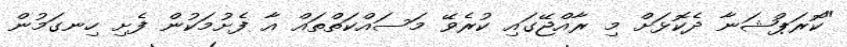
"ކޮރަޕްޝަނާ ދެކޮޅަށް މި ރާއްޖޭގައި ކުރެވޭ މަސައްކަތްތައް އާ ފެށުމަކުން ފެށި ހިނގަމުން